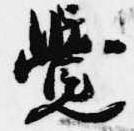
覚